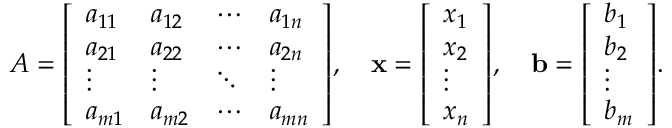
A = { \left[ \begin{array} { l l l l } { a _ { 1 1 } } & { a _ { 1 2 } } & { \cdots } & { a _ { 1 n } } \\ { a _ { 2 1 } } & { a _ { 2 2 } } & { \cdots } & { a _ { 2 n } } \\ { \vdots } & { \vdots } & { \ddots } & { \vdots } \\ { a _ { m 1 } } & { a _ { m 2 } } & { \cdots } & { a _ { m n } } \end{array} \right] } , \quad \mathbf { x } = { \left[ \begin{array} { l } { x _ { 1 } } \\ { x _ { 2 } } \\ { \vdots } \\ { x _ { n } } \end{array} \right] } , \quad \mathbf { b } = { \left[ \begin{array} { l } { b _ { 1 } } \\ { b _ { 2 } } \\ { \vdots } \\ { b _ { m } } \end{array} \right] } .